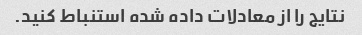
نتایج را از معادلات داده شده استنباط کنید.